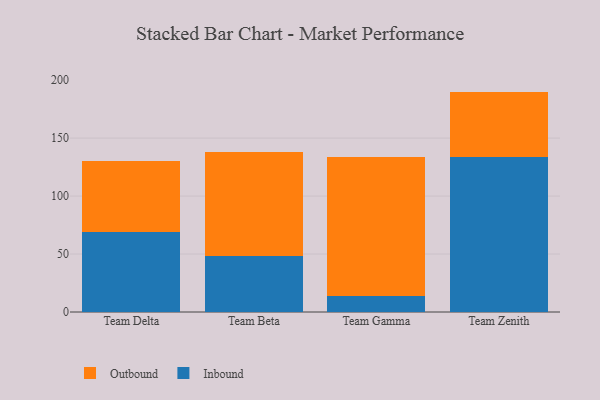
{"axis": {"x": "Team", "y": "Humidity (%)"}, "legend": ["Inbound", "Outbound"], "data": [{"x": "Team Delta", "y": 68.8, "type": "Inbound"}, {"x": "Team Delta", "y": 61.6, "type": "Outbound"}, {"x": "Team Beta", "y": 48.4, "type": "Inbound"}, {"x": "Team Beta", "y": 89.9, "type": "Outbound"}, {"x": "Team Gamma", "y": 14.1, "type": "Inbound"}, {"x": "Team Gamma", "y": 119.9, "type": "Outbound"}, {"x": "Team Zenith", "y": 133.8, "type": "Inbound"}, {"x": "Team Zenith", "y": 56.3, "type": "Outbound"}]}